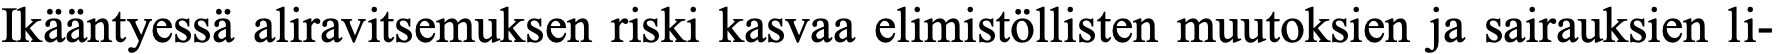
Ikääntyessä aliravitsemuksen riski kasvaa elimistöllisten muutoksien ja sairauksien li-